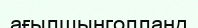
ағылшынголланд